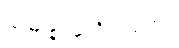
အဇာနံ၊ မသိပဲလျက်။